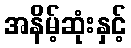
အနိမ့်ဆုံးနှင့်